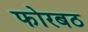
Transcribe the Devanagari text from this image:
फोरबठ